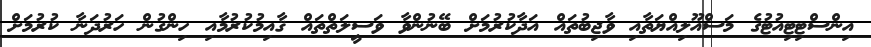
އިންސްޓިޓިއުޓުގެ މަސްއޫލިއްޔަތާއި ވާޖިބުތައް އަދާކުރުމަށް ބޭނުންވާ ވަސީލަތްތައް ޤާއިމުކުރުމާއި ހިންގުން ހަރުދަނާ ކުރުމަށް